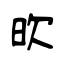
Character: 欥